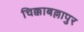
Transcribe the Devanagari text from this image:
चिक्काबल्लापुर